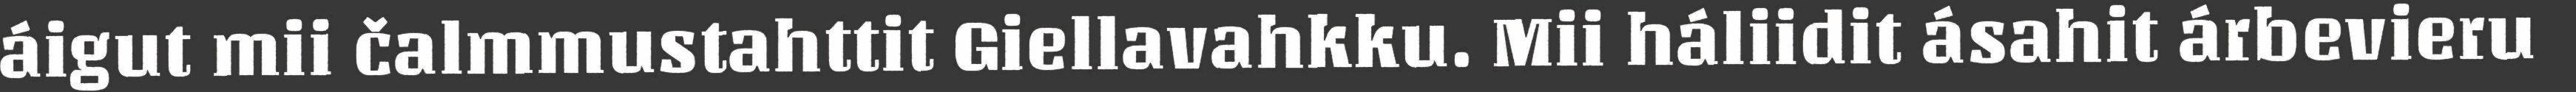
áigut mii čalmmustahttit Giellavahkku. Mii háliidit ásahit árbevieru